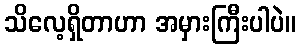
သိလေ့ရှိတာဟာ အမှားကြီးပါပဲ။